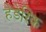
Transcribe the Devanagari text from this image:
हेंडेरिक